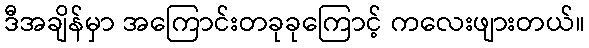
ဒီအချိန်မှာ အကြောင်းတခုခုကြောင့် ကလေးဖျားတယ်။